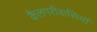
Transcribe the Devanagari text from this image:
कैलगरीवासियों